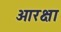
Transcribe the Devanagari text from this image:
ओरक्षा